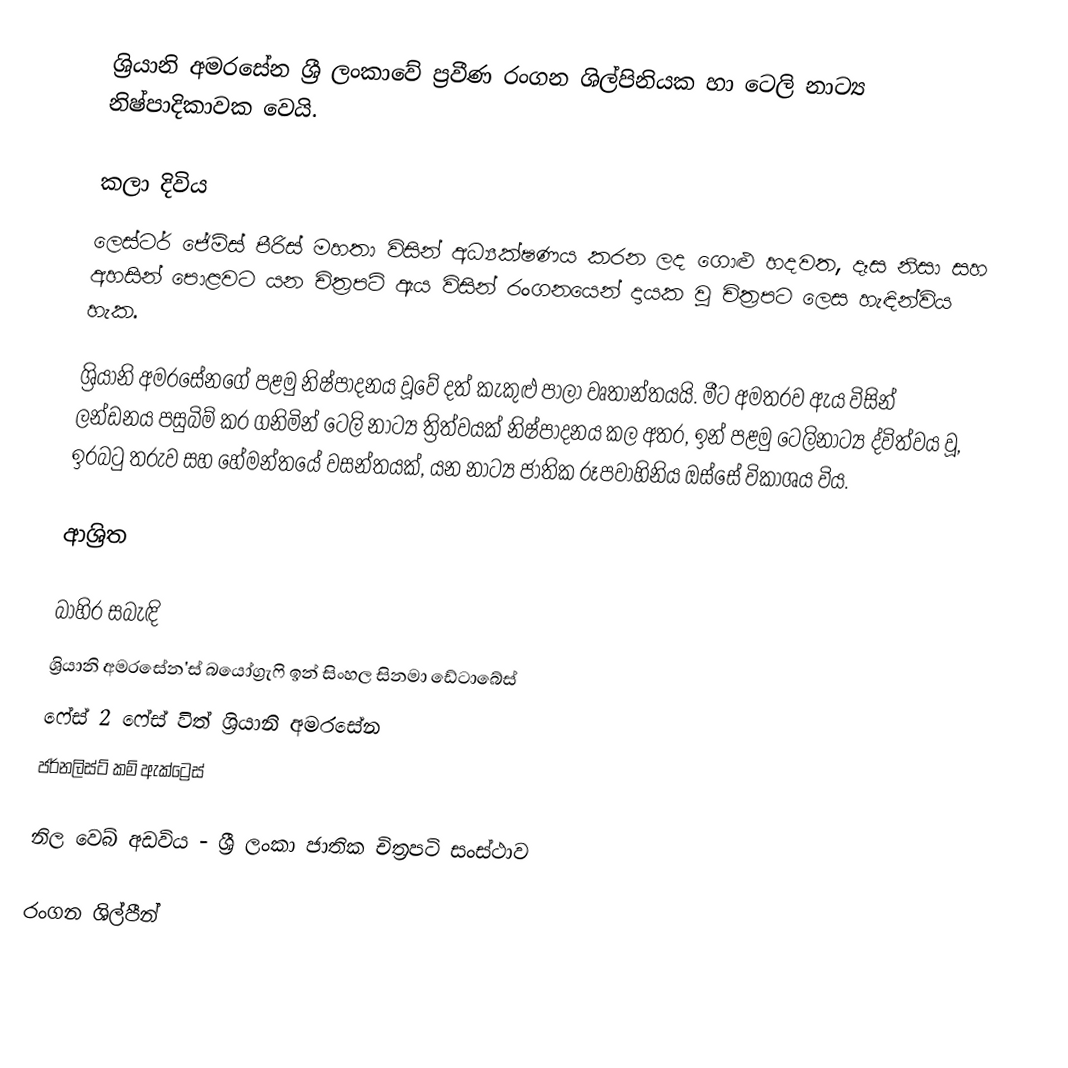
ශ්‍රියානි අමරසේන ශ්‍රී ලංකාවේ ප්‍රවීණ රංගන ශිල්පිනියක හා ටෙලි නාට්‍ය නිෂ්පාදිකාවක වෙයි.

කලා දිවිය
ලෙස්ටර් ජේම්ස් පීරිස් මහතා විසින් අධ්‍යක්ෂණය කරන ලද ගොළු හදවත, දෑස නිසා සහ අහසින් පොළවට යන චිත්‍රපටි ඇය විසින් රංගනයෙන් දායක වූ චිත්‍රපට ලෙස හැඳින්විය හැක.

ශ්‍රියානි අමරසේනගේ පළමු නිෂ්පාදනය වූවේ දත් කැකුළු පාලා වෘතාන්තයයි. මීට අමතරව ඇය විසින් ලන්ඩනය පසුබිම් කර ගනිමින් ටෙලි නාට්‍ය ත්‍රිත්වයක් නිෂ්පාදනය කල අතර, ඉන් පළමු ටෙලිනාට්‍ය ද්විත්වය වූ, ඉරබටු තරුව සහ හේමන්තයේ වසන්තයක්, යන නාට්‍ය ජාතික රූපවාහිනිය ඔස්සේ විකාශය විය.

ආශ්‍රිත

බාහිර සබැඳි
ශ්‍රියානි අමරසේන'ස් බයෝග්‍රැෆි ඉන් සිංහල සිනමා ඩේටාබේස්
  ෆේස් 2 ෆේස් විත් ශ්‍රියානි අමරසේන
  ජර්නලිස්ට් කම් ඇක්ට්‍රෙස්

නිල වෙබ් අඩවිය - ශ්‍රී ලංකා ජාතික චිත්‍රපටි සංස්ථාව

රංගන ශිල්පීන්